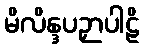
မိလိန္ဒပဉှာပါဠိ